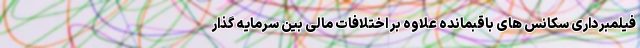
فیلمبرداری سکانس های باقبمانده علاوه بر اختلافات مالی بین سرمایه گذار